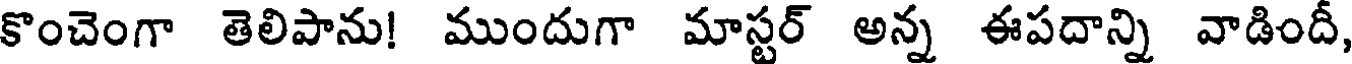
కొంచెంగా తెలిపాను! ముందుగా మాస్టర్ అన్న ఈపదాన్ని వాడిందీ,